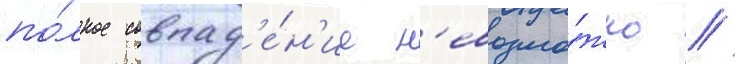
по́лное совпад'е́н'ие н'евозмо́жно //